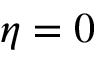
\eta = 0